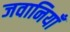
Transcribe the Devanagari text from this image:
जवानियाँ